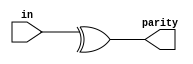
// bitwise operators & | ^ vectorvectorbit
// & a[3:0]     // AND: a[3]&a[2]&a[1]&a[0]. Equivalent to (a[3:0] == 4'hf)
// | b[3:0]     // OR:  b[3]|b[2]|b[1]|b[0]. Equivalent to (b[3:0] != 4'h0)
// ^ c[2:0]     // XOR: c[2]^c[1]^c[0]
// NAND NOR XNOR~& ~| ~^

module top_module (
  input [7:0] in,
  output parity); 
  
  assign parity = ^ in[7:0];

endmodule